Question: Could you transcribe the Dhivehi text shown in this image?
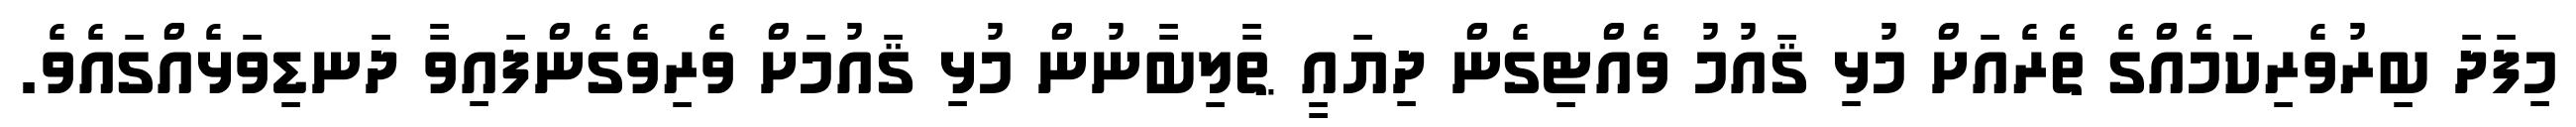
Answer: މިފަދަ ބިރުވެރިކަމެއްގެ ތެެރެއަށް މުޅި ޤައުމު ވެއްޓިގެން ދިޔައީ ޠާލިބާނުން މުޅި ޤައުމަށް ވެރިވެގެންފައިވާ ދަނޑިވަޅެއްގައެވެ.